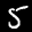
Label: 5